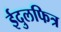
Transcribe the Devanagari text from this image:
ईदुलफित्र